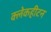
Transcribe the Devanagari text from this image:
क्लेकहीटन